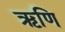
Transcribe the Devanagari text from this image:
ऋणि